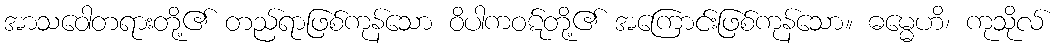
အာသဝေါတရားတို့၏ တည်ရာဖြစ်ကုန်သော ဝိပါကဝဋ်တို့၏ အကြောင်းဖြစ်ကုန်သော။ ဓမ္မေဟိ၊ ကုသိုလ်